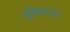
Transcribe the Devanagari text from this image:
इसिलडुर